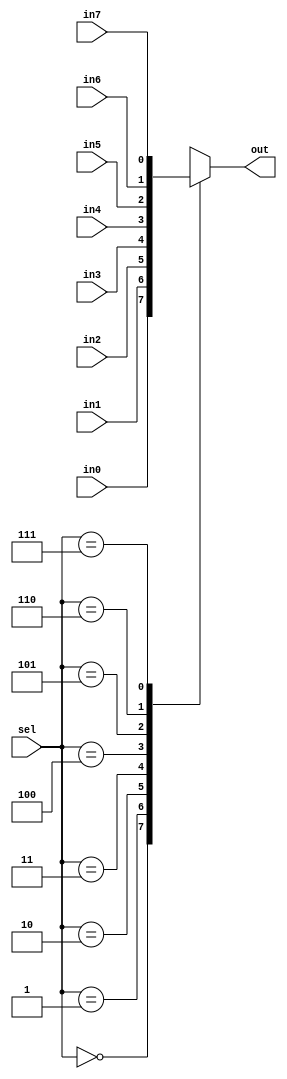
// This program was cloned from: https://github.com/marmolejo/zet
// License: GNU General Public License v3.0

/*
 *  1-bit 8-way multiplexor
 *  Copyright (C) 2008-2010  Zeus Gomez Marmolejo <zeus@aluzina.org>
 *
 *  This file is part of the Zet processor. This processor is free
 *  hardware; you can redistribute it and/or modify it under the terms of
 *  the GNU General Public License as published by the Free Software
 *  Foundation; either version 3, or (at your option) any later version.
 *
 *  Zet is distrubuted in the hope that it will be useful, but WITHOUT
 *  ANY WARRANTY; without even the implied warranty of MERCHANTABILITY
 *  or FITNESS FOR A PARTICULAR PURPOSE. See the GNU General Public
 *  License for more details.
 *
 *  You should have received a copy of the GNU General Public License
 *  along with Zet; see the file COPYING. If not, see
 *  <http://www.gnu.org/licenses/>.
 */

module zet_mux8_1(sel, in0, in1, in2, in3, in4, in5, in6, in7, out);
  input  [2:0]  sel;
  input  in0, in1, in2, in3, in4, in5, in6, in7;
  output out;

  reg    out;

  always @(sel or in0 or in1 or in2 or in3 or in4 or in5 or in6 or in7)
    case(sel)
     3'd0:  out = in0;
     3'd1:  out = in1;
     3'd2:  out = in2;
     3'd3:  out = in3;
     3'd4:  out = in4;
     3'd5:  out = in5;
     3'd6:  out = in6;
     3'd7:  out = in7;
    endcase
endmodule